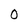
Character: 0